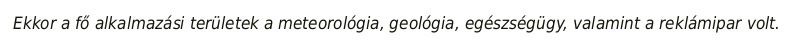
Ekkor a fő alkalmazási területek a meteorológia, geológia, egészségügy, valamint a reklámipar volt.